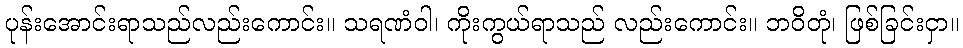
ပုန်းအောင်းရာသည်လည်းကောင်း။ သရဏံဝါ၊ ကိုးကွယ်ရာသည် လည်းကောင်း။ ဘဝိတုံ၊ ဖြစ်ခြင်းငှာ။